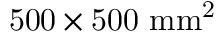
\mathrm { 5 0 0 \times 5 0 0 ~ m m ^ { 2 } }